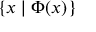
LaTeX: \{ x \mid \Phi ( x ) \}